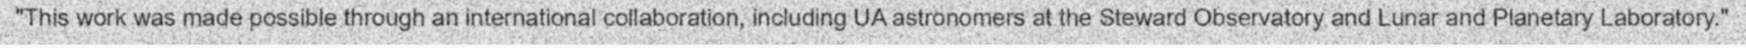
"This work was made possible through an international collaboration, including UA astronomers at the Steward Observatory and Lunar and Planetary Laboratory."